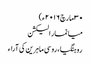
۳۰ مارچ ۲۰۱۶ء)
میانمار الیکشن
روہنگیا ، روسی ماہرین کی آراء